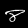
Digit: 8